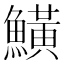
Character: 鱑